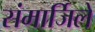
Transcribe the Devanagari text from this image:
संमार्जिले